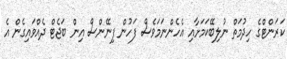
ކަރަންޓްގެ ހިދުމަތް ނުލިބޭކަމަށާއި އެހެންނަމަވެސް ފަހުން ފިނޭންސް އިން ބަޖެޓް ދެއްވައިގެން އެ